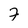
Character: 7